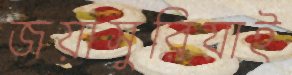
জয়াসুরিয়াই